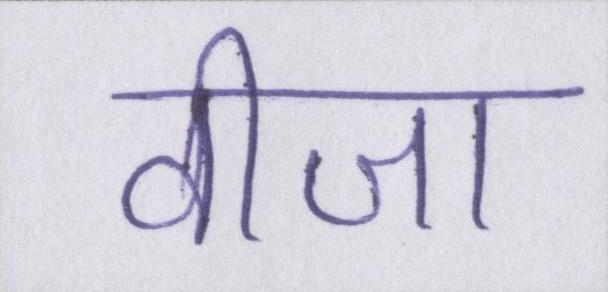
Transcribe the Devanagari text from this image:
वीजा